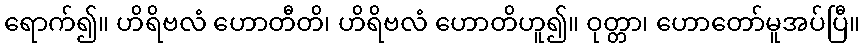
ရောက်၍။ ဟိရိဗလံ ဟောတီတိ၊ ဟိရိဗလံ ဟောတိဟူ၍။ ဝုတ္တာ၊ ဟောတော်မူအပ်ပြီ။